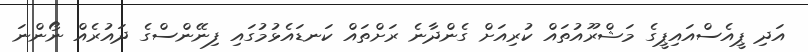
އަދި ޕީއެސްއައިޕީގެ މަޝްރޫއުތައް ކުރިއަށް ގެންދާނެ ރަށްތައް ކަނޑައެޅުމުގައި ފިނޭންސްގެ ދައުރެއް ނޯންނަ